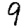
Digit: 9